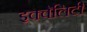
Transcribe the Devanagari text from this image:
इक्वॅलिटी